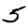
Digit: 5